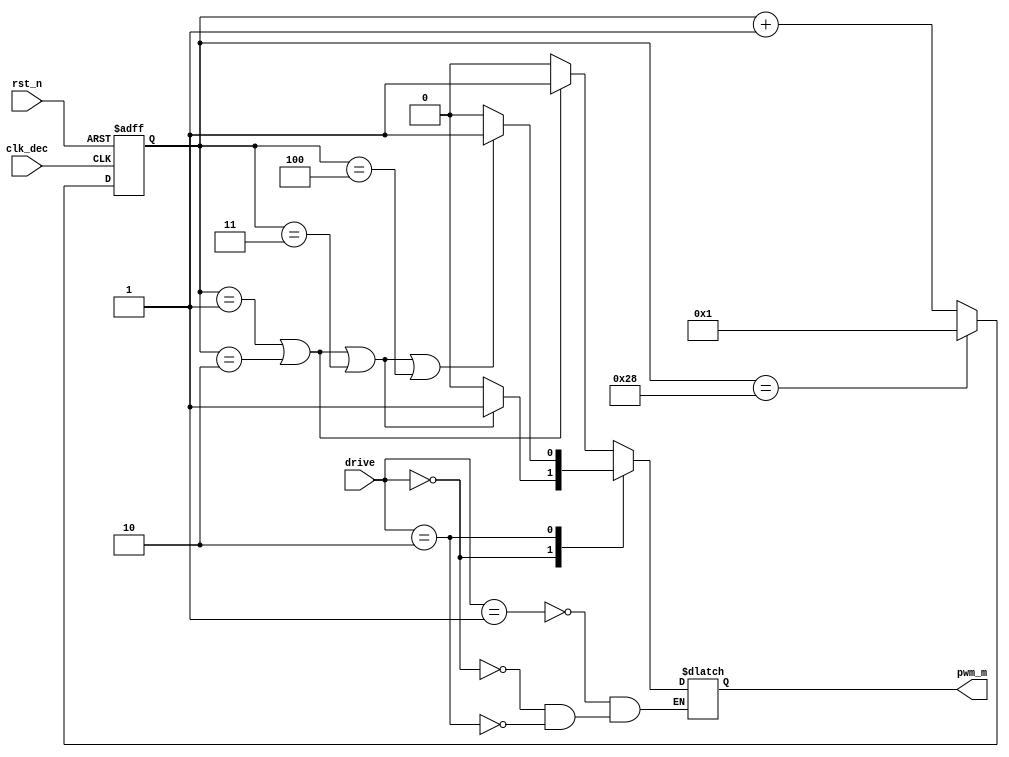
`timescale 1ns / 1ps
//////////////////////////////////////////////////////////////////////////////////
// Company: 
// Engineer: 
// 
// Design Name: 
// Module Name: move
// Project Name: 
// Target Devices: 
// Tool Versions: 
// Description: 
// 
// Dependencies: 
// 
// Revision:
// Revision 0.01 - File Created
// Additional Comments:
// 
//////////////////////////////////////////////////////////////////////////////////
`define drive 2'b10
`define stop 2'b00
`define back 2'b01

module move(
input rst_n,
input clk_dec,
input [1:0]drive,
output reg pwm_m
    );

reg [5:0]cnt_tmp;
reg [5:0]cnt;

always@*
    if (cnt==6'd40)
        cnt_tmp = 1'd1;
    else
        cnt_tmp = cnt + 1'd1;

always@(posedge clk_dec or negedge rst_n)
    if (rst_n==0)
        cnt <= 1'd1;
    else
        cnt <= cnt_tmp;

always@*
case(drive)
    `back: begin
    if (cnt==6'd1 || cnt==6'd2)
        pwm_m = 1'd1;
    else
        pwm_m = 1'd0;
    end
    `stop: begin
    if (cnt==6'd1 || cnt==6'd2 || cnt==6'd3)
        pwm_m = 1'd1;
    else
        pwm_m = 1'd0;
    end
    `drive: begin
    if (cnt==6'd1 || cnt==6'd2 || cnt==6'd3 || cnt==6'd4)
        pwm_m = 1'd1;
    else
        pwm_m = 1'd0;
    end
endcase
endmodule